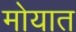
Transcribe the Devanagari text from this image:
मोयात